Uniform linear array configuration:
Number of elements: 32
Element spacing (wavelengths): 0.75
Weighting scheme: cosine
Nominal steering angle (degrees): -45
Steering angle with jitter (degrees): -46.138
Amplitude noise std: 0.05
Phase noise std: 0.05

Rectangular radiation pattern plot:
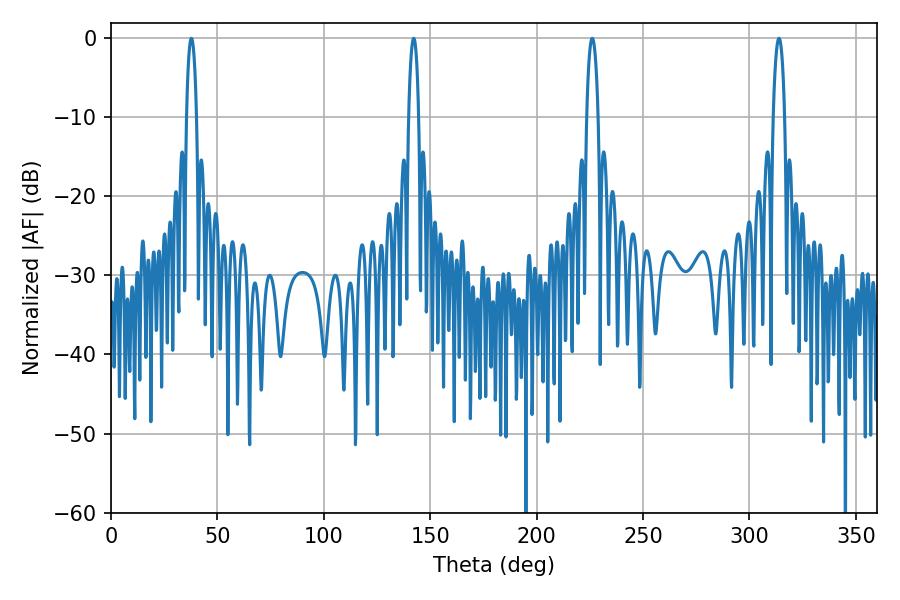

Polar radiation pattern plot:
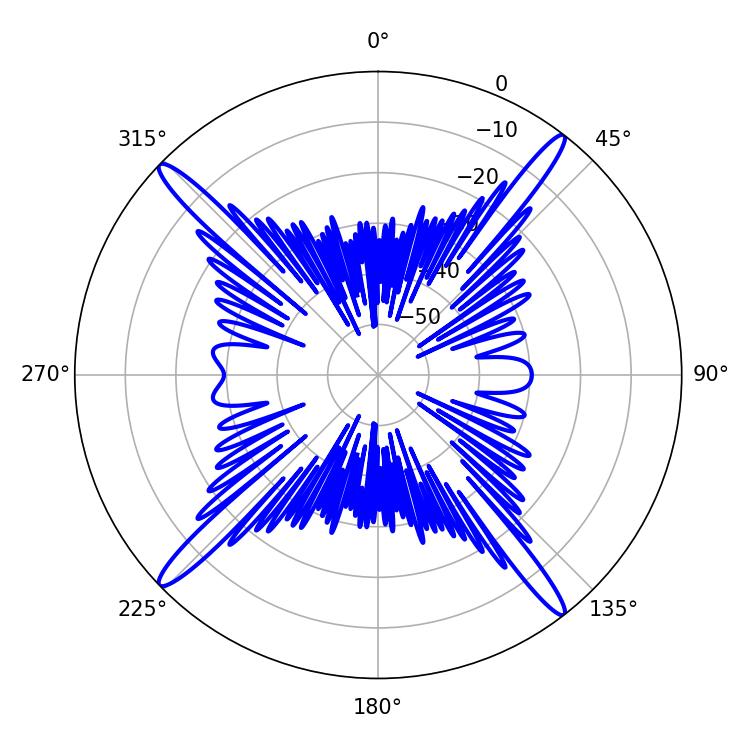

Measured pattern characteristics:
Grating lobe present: TRUE
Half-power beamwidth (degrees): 2.52
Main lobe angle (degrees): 142.2